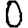
Digit: 0